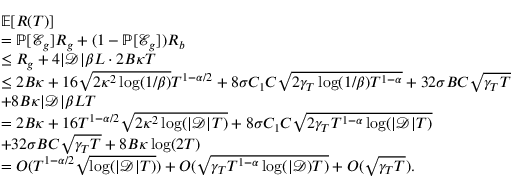
\begin{array} { r l } & { \mathbb { E } [ R ( T ) ] } \\ & { = \mathbb { P } [ \mathcal { E } _ { g } ] R _ { g } + ( 1 - \mathbb { P } [ \mathcal { E } _ { g } ] ) R _ { b } } \\ & { \leq R _ { g } + 4 | \mathcal { D } | \beta L \cdot 2 B \kappa T } \\ & { \leq 2 B \kappa + 1 6 \sqrt { 2 \kappa ^ { 2 } \log ( 1 / \beta ) } T ^ { 1 - \alpha / 2 } + 8 \sigma C _ { 1 } C \sqrt { 2 \gamma _ { T } \log ( 1 / \beta ) T ^ { 1 - \alpha } } + 3 2 \sigma B C \sqrt { \gamma _ { T } T } } \\ & { + 8 B \kappa | \mathcal { D } | \beta L T } \\ & { = 2 B \kappa + 1 6 T ^ { 1 - \alpha / 2 } \sqrt { 2 \kappa ^ { 2 } \log ( | \mathcal { D } | T ) } + 8 \sigma C _ { 1 } C \sqrt { 2 \gamma _ { T } T ^ { 1 - \alpha } \log ( | \mathcal { D } | T ) } } \\ & { + 3 2 \sigma B C \sqrt { \gamma _ { T } T } + 8 B \kappa \log ( 2 T ) } \\ & { = O ( T ^ { 1 - \alpha / 2 } \sqrt { \log ( | \mathcal { D } | T ) } ) + O ( \sqrt { \gamma _ { T } T ^ { 1 - \alpha } \log ( | \mathcal { D } ) T ) } + O ( \sqrt { \gamma _ { T } T } ) . } \end{array}